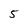
Character: 5